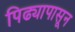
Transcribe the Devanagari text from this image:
पिढ्यापासून